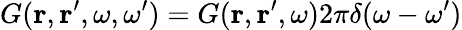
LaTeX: G({\mathbf r},{\mathbf r}^{\prime},\omega,\omega^{\prime})=G({\mathbf r},{\mathbf r}^{\prime},\omega)2\pi\delta(\omega-\omega^{\prime})